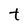
Character: t